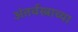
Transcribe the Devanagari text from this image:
अंतर्वस्त्राच्या